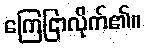
ကြေငြာလိုက်၏။